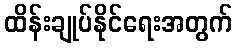
ထိန်းချုပ်နိုင်ရေးအတွက်